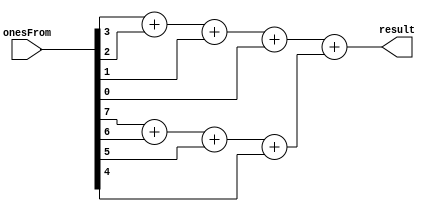
module num_of_ones(input wire[7:0] onesFrom,
                   output wire[3:0] result);
    wire [3:0] nibbleSum1;
    wire [3:0] nibbleSum2;

    assign nibbleSum1 = onesFrom[3] + onesFrom[2] + 
                         onesFrom[1] + onesFrom[0];
    assign nibbleSum2 = onesFrom[7] + onesFrom[6] + 
                         onesFrom[5] + onesFrom[4];
    
    assign result = nibbleSum1 + nibbleSum2;
endmodule